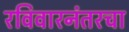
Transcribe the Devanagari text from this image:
रविवारनंतरचा